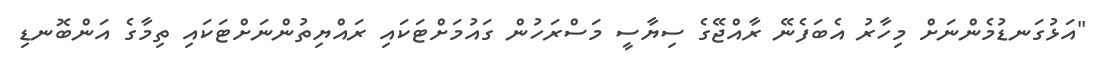
"އަޅުގަނޑުމެންނަށް މިހާރު އެބަފެނޭ ރާއްޖޭގެ ސިޔާސީ މަސްރަހުން ގައުމަށްޓަކައި ރައްޔިތުންނަށްޓަކައި ތިމާގެ އަންބޮނޑި